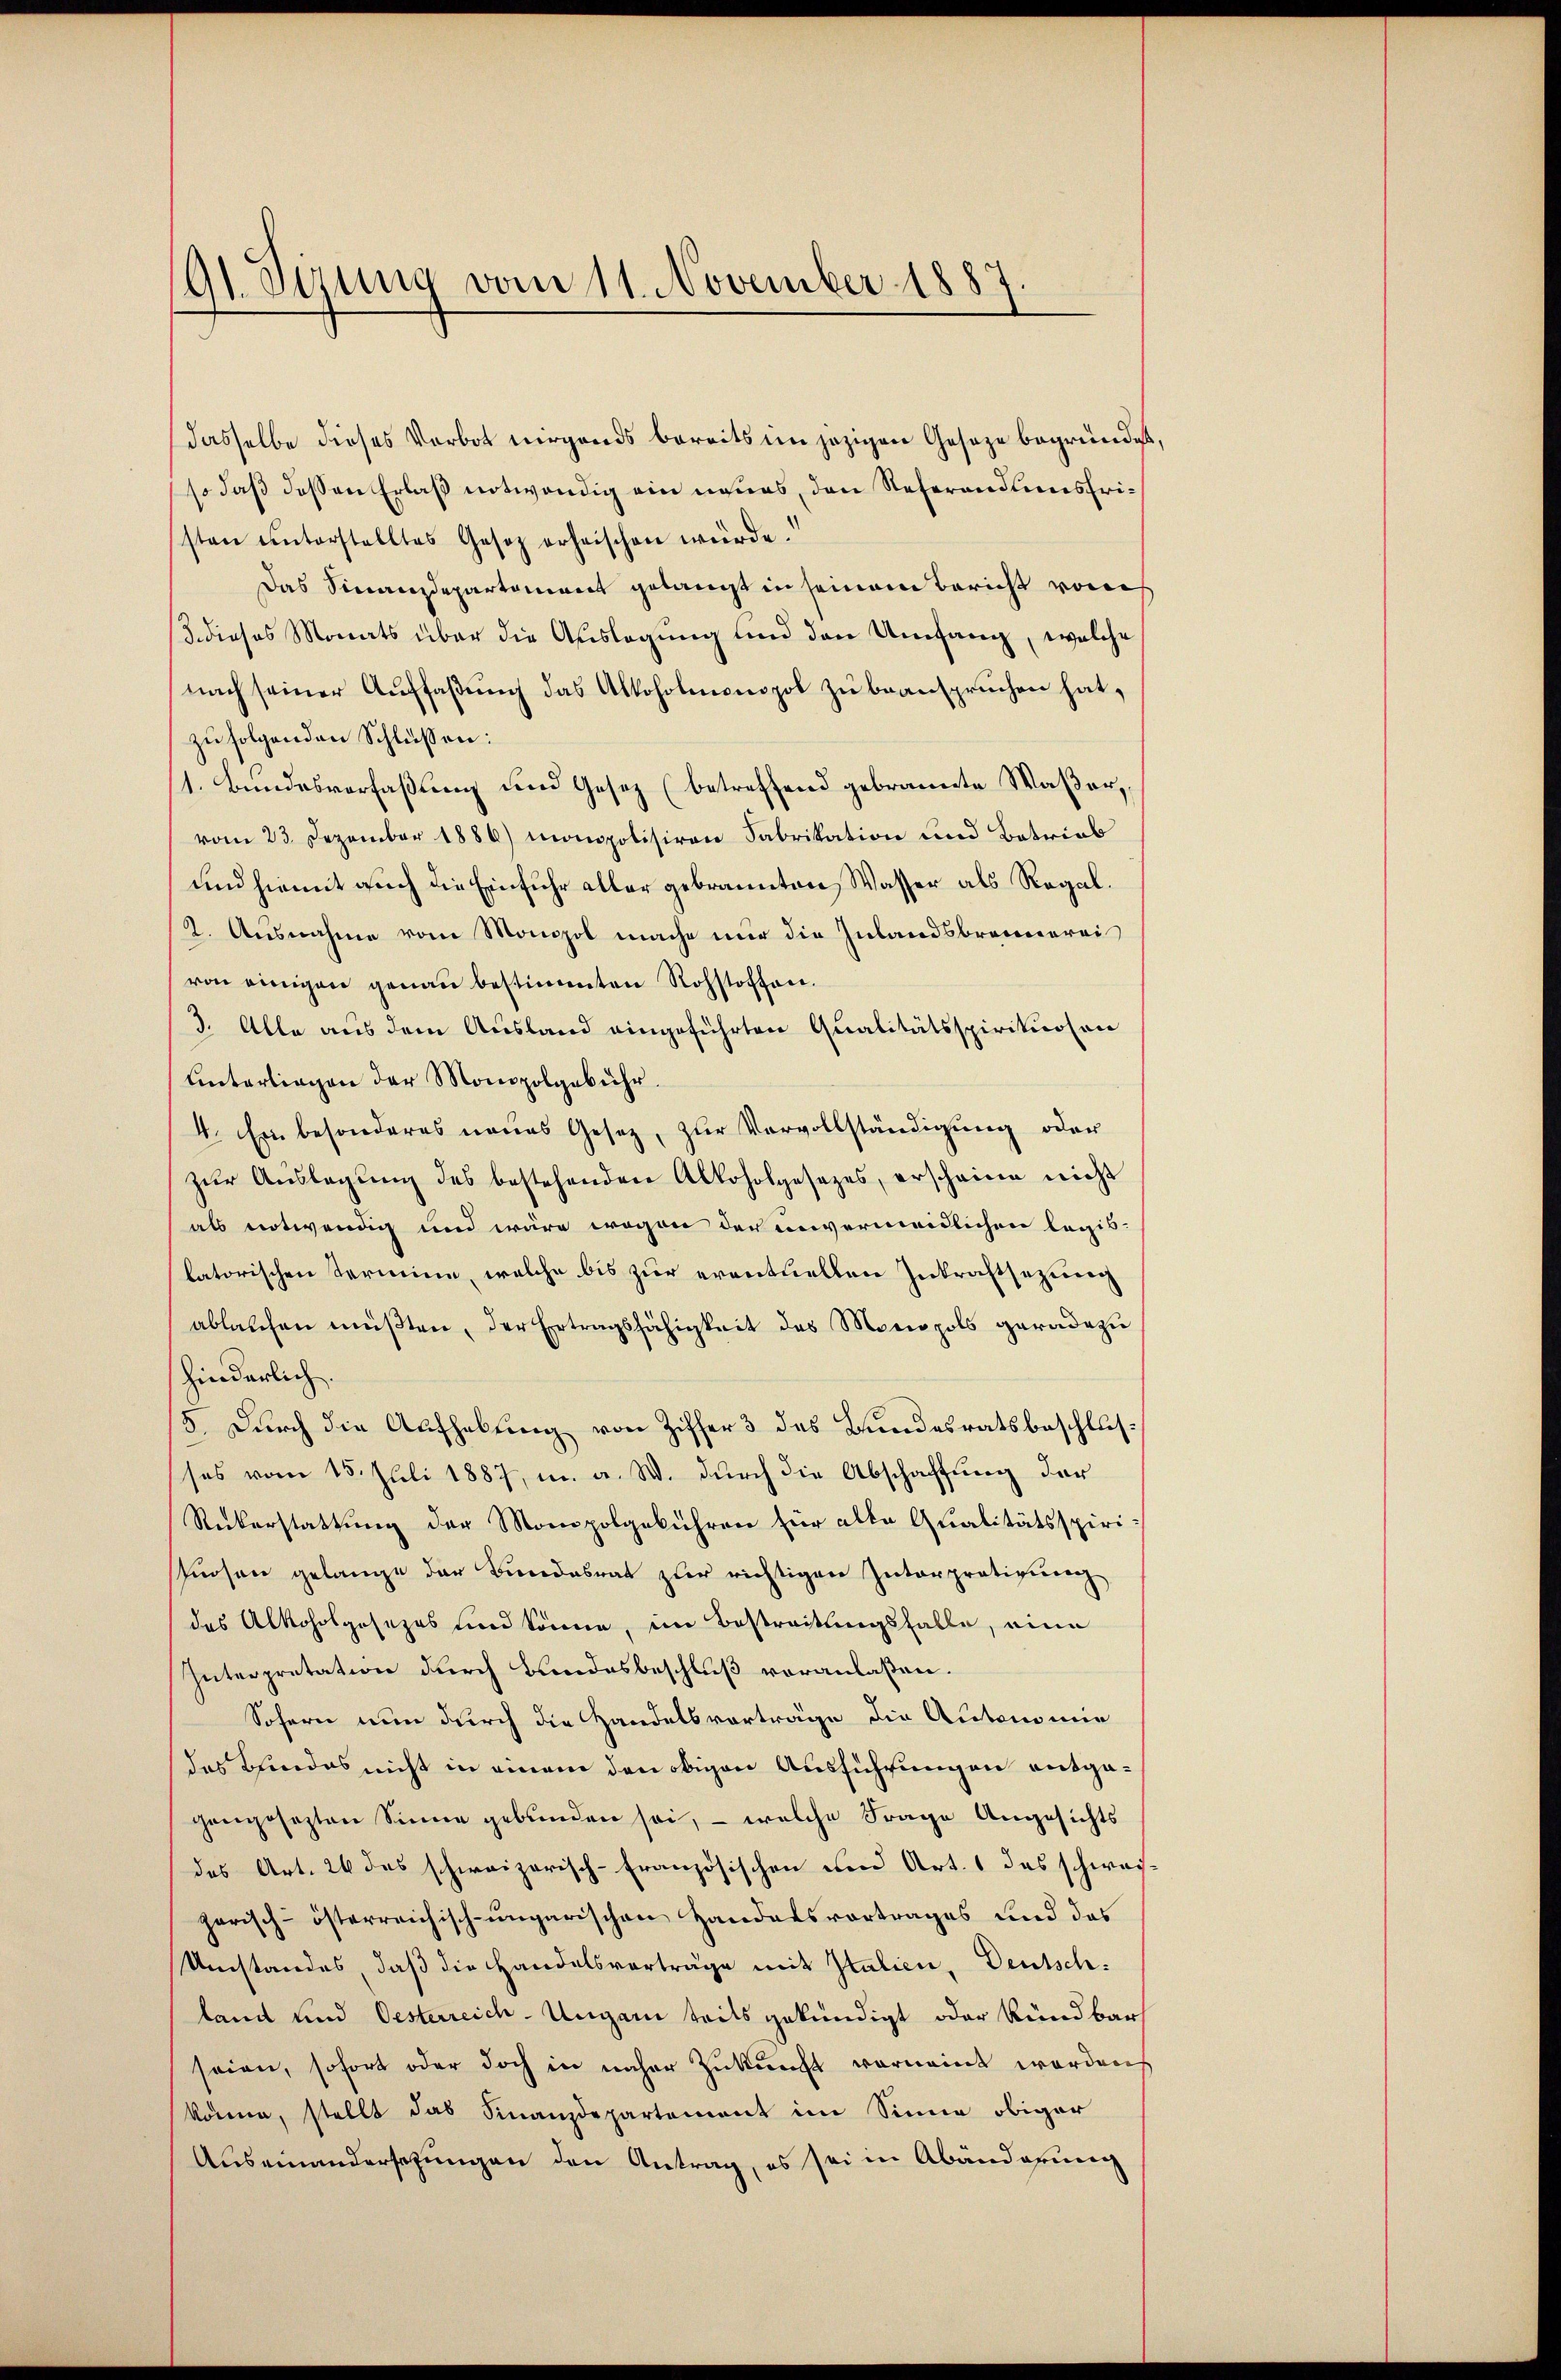
191. Sizung vom 11. November 1887

dasselbe dieses Vorbot nirgends bereits im jezigen Geseze begründet
so daß dessen Erlaß notwendig ein neues, den Referandiensfristen ŭnterstelltes Gesetz erheischen würde.
Das Sinanzdepartement gelangt in seinem Bericht vors
3 dieses Monats über die Auslegung und den Umfang, welche
nach seiner Auffaßung das Alkoholmonopol zu beanspruchen hat,
zu folgenden Schlüssen:
1. Bundesverfaßung und Gesez (betreffend gebrannte Waßer,
vom 23. Dezember 1886) monopolisiren Fabrikation und Betrieb
und hiemit auch die Einfuhr aller gebrannten Wasser als Regal.
2. Ausnahme vom Monopol mache nur die Zulandsbrunnerei
von einigen genau bestimmten Rohstoffen.
3. Alle aus dem Ausland eingeführten Qualitätsspirituosen
unterliegen der Monopolgebühr
4. Ein besonderes neues Gesetz, zur Vervollständigung oder
zur Auslegung des bestehenden Alkoholgesetzes, erscheine nicht
als notwendig und wäre wegen der unvermeidlichen legis-
latorischen Termine, welche bis zur eventuellen Inkraftsezung
ablaschen müβten, der Ertragsfähigkeit des Monopols geradezu
hinderlich.
5. Durch die Aufhebung von Ziffer 3 des Bundesratsbeschlusses vom 15. Juli 1887, u. a. W. durch die Abschaffung der
Rükerstattung der Monopolgebühren für alle Qualitätsspiri-
Ptuosen gelange der Bundesrat zur richtigen Interprätigung
das Alkoholgesezes und könne, im Bestreitungsfalle, eine
Interpretation durch Bandesbeschluß voranlaßen.
Sofern nun durch die Handelsvorträge die Autonomie
des Kindes nicht in einem den obigen Ausführungen entgagengesezten Sinne gebunden sei, - welche Frage Angesichts
des Art. 26 des schweizerisch-Französischen und Art. 1 das schwachgarisch-österreichisch-ungarischen Handarsvortrages und das
Umstandes, daß die Handelsvorträge mit Italien, Deutsch:
land und Oesterreich-Ungarn teils gekündigt oder kündbar
seien, sofort oder doch in näher Zukunft vornennt werden
könne, stellt das Finanzdepartement im Sinne obiger
Auseinandersetzungen den Antrag, es sei in Abänderung